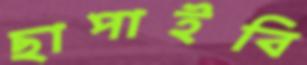
ছাপাইবি